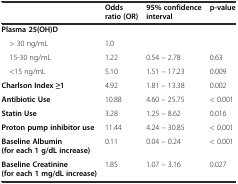
<table><thead><tr><td></td><td><b>Odds ratio (OR)</b></td><td><b>95% confidence interval</b></td><td><b>p-value</b></td></tr></thead><tbody><tr><td><b>Plasma 25(OH)D</b></td><td></td><td></td><td></td></tr><tr><td> &gt; 30 ng/mL</td><td>1.0</td><td></td><td></td></tr><tr><td> 15-30 ng/mL</td><td>1.22</td><td>0.54 – 2.78</td><td>0.63</td></tr><tr><td> &lt;15 ng/mL</td><td>5.10</td><td>1.51 – 17.23</td><td>0.009</td></tr><tr><td><b>Charlson Index ≥1</b></td><td>4.92</td><td>1.81 – 13.38</td><td>0.002</td></tr><tr><td><b>Antibiotic Use</b></td><td>10.88</td><td>4.60 – 25.75</td><td>&lt; 0.001</td></tr><tr><td><b>Statin Use</b></td><td>3.28</td><td>1.25 – 8.62</td><td>0.016</td></tr><tr><td><b>Proton pump inhibitor use</b></td><td>11.44</td><td>4.24 – 30.85</td><td>&lt; 0.001</td></tr><tr><td><b>Baseline Albumin (for each 1 g/dL increase)</b></td><td>0.11</td><td>0.04 – 0.24</td><td>&lt; 0.001</td></tr><tr><td><b>Baseline Creatinine (for each 1 mg/dL increase)</b></td><td>1.85</td><td>1.07 – 3.16</td><td>0.027</td></tr></tbody></table>